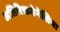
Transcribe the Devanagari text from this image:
अतिरिक्तवेनेशिया